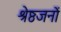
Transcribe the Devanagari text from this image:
श्रेष्ठजनों